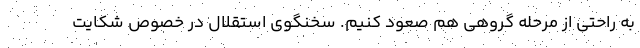
به راحتی از مرحله گروهی هم صعود کنیم. سخنگوی استقلال در خصوص شکایت